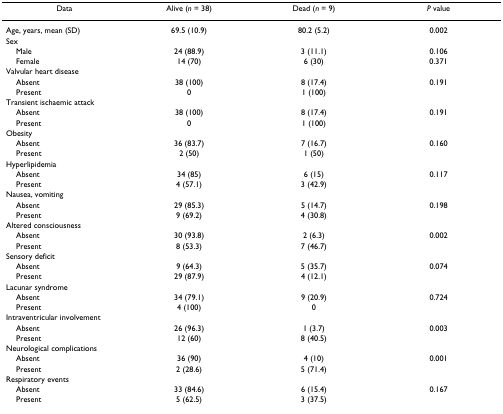
<table><thead><tr><td><b>Data</b></td><td><b>Alive (<i>n </i>= 38)</b></td><td><b>Dead (<i>n </i>= 9)</b></td><td><b><i>P </i>value</b></td></tr></thead><tbody><tr><td>Age, years, mean (SD)</td><td>69.5 (10.9)</td><td>80.2 (5.2)</td><td>0.002</td></tr><tr><td>Sex</td><td></td><td></td><td></td></tr><tr><td> Male</td><td>24 (88.9)</td><td>3 (11.1)</td><td>0.106</td></tr><tr><td> Female</td><td>14 (70)</td><td>6 (30)</td><td>0.371</td></tr><tr><td>Valvular heart disease</td><td></td><td></td><td></td></tr><tr><td> Absent</td><td>38 (100)</td><td>8 (17.4)</td><td>0.191</td></tr><tr><td> Present</td><td>0</td><td>1 (100)</td><td></td></tr><tr><td>Transient ischaemic attack</td><td></td><td></td><td></td></tr><tr><td> Absent</td><td>38 (100)</td><td>8 (17.4)</td><td>0.191</td></tr><tr><td> Present</td><td>0</td><td>1 (100)</td><td></td></tr><tr><td>Obesity</td><td></td><td></td><td></td></tr><tr><td> Absent</td><td>36 (83.7)</td><td>7 (16.7)</td><td>0.160</td></tr><tr><td> Present</td><td>2 (50)</td><td>1 (50)</td><td></td></tr><tr><td>Hyperlipidemia</td><td></td><td></td><td></td></tr><tr><td> Absent</td><td>34 (85)</td><td>6 (15)</td><td>0.117</td></tr><tr><td> Present</td><td>4 (57.1)</td><td>3 (42.9)</td><td></td></tr><tr><td>Nausea, vomiting</td><td></td><td></td><td></td></tr><tr><td> Absent</td><td>29 (85.3)</td><td>5 (14.7)</td><td>0.198</td></tr><tr><td> Present</td><td>9 (69.2)</td><td>4 (30.8)</td><td></td></tr><tr><td>Altered consciousness</td><td></td><td></td><td></td></tr><tr><td> Absent</td><td>30 (93.8)</td><td>2 (6.3)</td><td>0.002</td></tr><tr><td> Present</td><td>8 (53.3)</td><td>7 (46.7)</td><td></td></tr><tr><td>Sensory deficit</td><td></td><td></td><td></td></tr><tr><td> Absent</td><td>9 (64.3)</td><td>5 (35.7)</td><td>0.074</td></tr><tr><td> Present</td><td>29 (87.9)</td><td>4 (12.1)</td><td></td></tr><tr><td>Lacunar syndrome</td><td></td><td></td><td></td></tr><tr><td> Absent</td><td>34 (79.1)</td><td>9 (20.9)</td><td>0.724</td></tr><tr><td> Present</td><td>4 (100)</td><td>0</td><td></td></tr><tr><td>Intraventricular involvement</td><td></td><td></td><td></td></tr><tr><td> Absent</td><td>26 (96.3)</td><td>1 (3.7)</td><td>0.003</td></tr><tr><td> Present</td><td>12 (60)</td><td>8 (40.5)</td><td></td></tr><tr><td>Neurological complications</td><td></td><td></td><td></td></tr><tr><td> Absent</td><td>36 (90)</td><td>4 (10)</td><td>0.001</td></tr><tr><td> Present</td><td>2 (28.6)</td><td>5 (71.4)</td><td></td></tr><tr><td>Respiratory events</td><td></td><td></td><td></td></tr><tr><td> Absent</td><td>33 (84.6)</td><td>6 (15.4)</td><td>0.167</td></tr><tr><td> Present</td><td>5 (62.5)</td><td>3 (37.5)</td><td></td></tr></tbody></table>